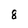
Character: 8